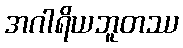
အဂါရိယဘူတဿ